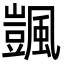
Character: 颽